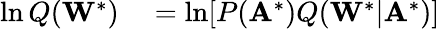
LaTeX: \begin{array}{rl}{\ln Q(\mathbf{W}^{*})}&{{}=\ln[P(\mathbf{A}^{*})Q(\mathbf{W}^{*}|\mathbf{A}^{*})]}\end{array}